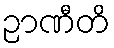
ဉာဏီတိ